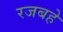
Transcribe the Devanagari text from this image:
रजबहे